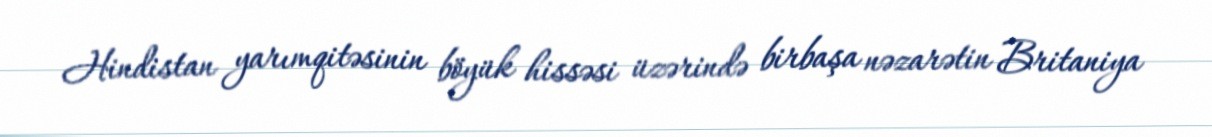
Hindistan yarımqitəsinin böyük hissəsi üzərində birbaşa nəzarətin Britaniya